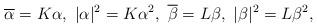
LaTeX: \begin{align*}\overline{\alpha}=K\alpha,\ |\alpha|^{2}=K\alpha^{2},\ \overline{\beta}=L\beta,\ |\beta|^{2}=L\beta^{2},\end{align*}